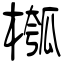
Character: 槬